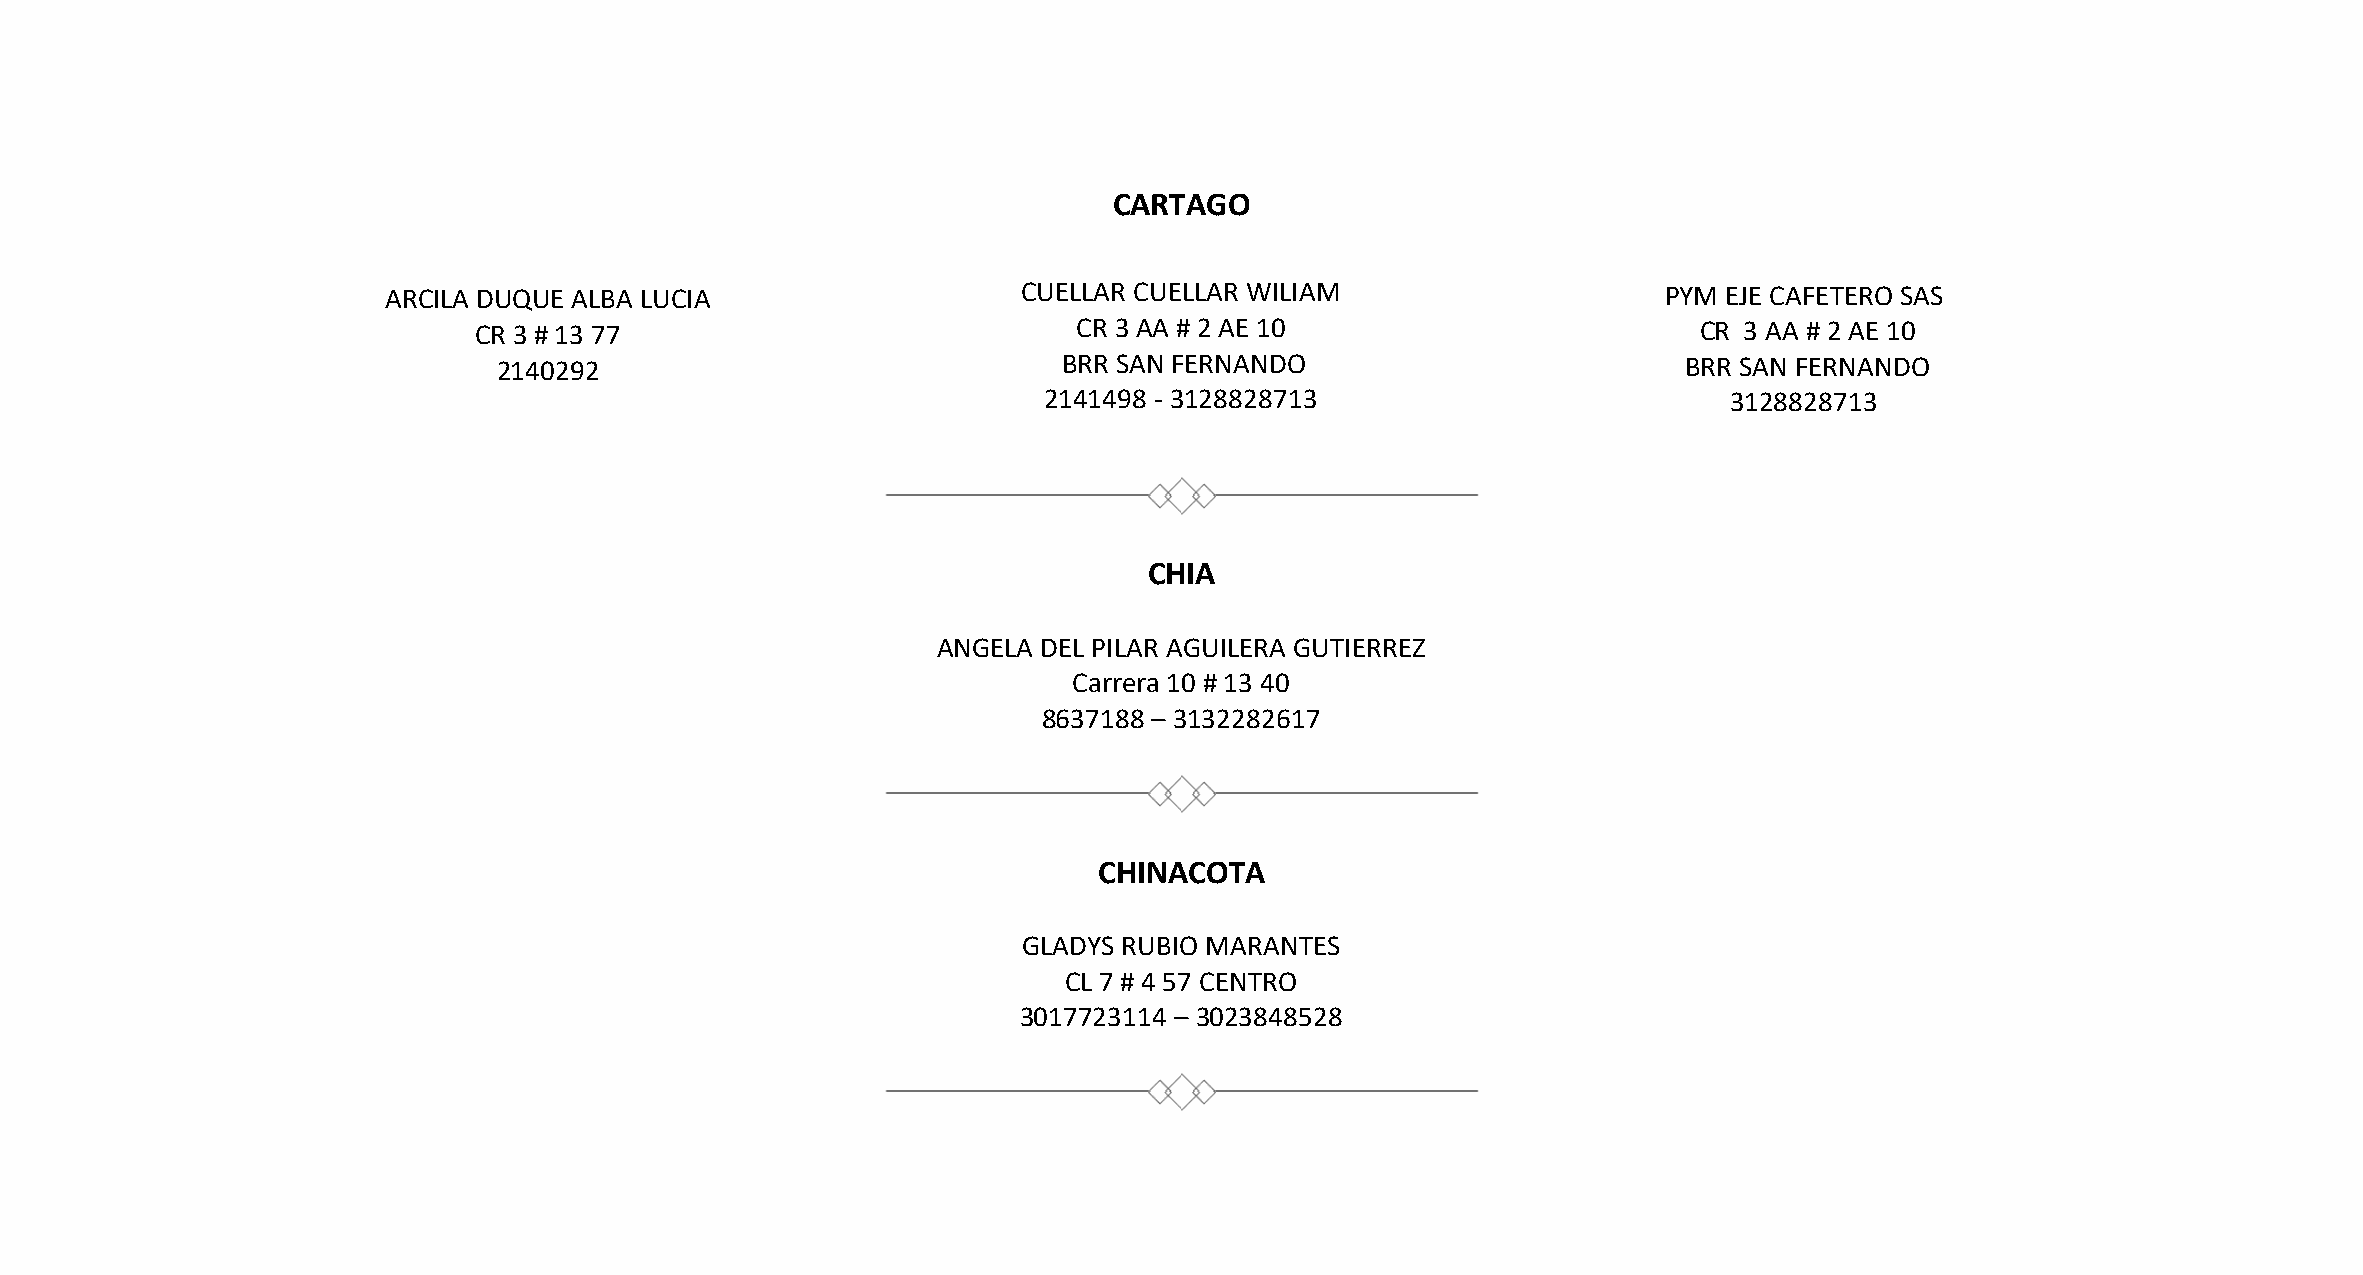
CARTAGO
 ARCILA DUQUE ALBA LUCIA                    CUELLAR CUELLAR WILIAM                    PYM EJE CAFETERO SAS
 CR 3 # 13 77                            CR 3 AA # 2 AE 10                         CR 3 AA # 2 AE 10
 2140292                              BRR SAN FERNANDO                          BRR SAN FERNANDO
 2141498 - 3128828713                          3128828713
 CHIA
 ANGELA DEL PILAR AGUILERA GUTIERREZ
 Carrera 10 # 13 40
 8637188 – 3132282617
 CHINACOTA
 GLADYS RUBIO MARANTES
 CL 7 # 4 57 CENTRO
 3017723114 – 3023848528